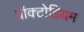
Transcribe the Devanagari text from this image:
प्रॉक्टोडियम